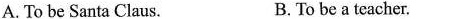
A.To be Santa Claus. B. To be a teacher.